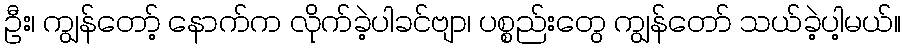
ဦး၊ ကျွန်တော့် နောက်က လိုက်ခဲ့ပါခင်ဗျာ၊ ပစ္စည်းတွေ ကျွန်တော် သယ်ခဲ့ပါ့မယ်။